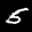
Label: 5